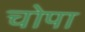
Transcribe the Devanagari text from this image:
चोपा